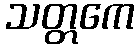
သတ္တကေ